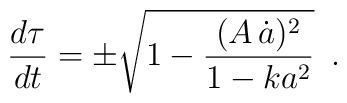
\frac{d\tau}{dt} = \pm \sqrt{1 - \frac{(A\,\dot{a})^2}{1-ka^2}} \,\,\, .